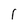
Character: 1